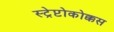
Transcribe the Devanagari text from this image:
स्ट्रेप्टोकोक्कस